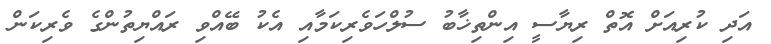
އަދި ކުރިއަށް އޮތް ރިޔާސީ އިންތިޚާބު ސުލްހަވެރިކަމާއި އެކު ބޭއްވި ރައްޔިތުންގެ ވެރިކަން